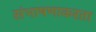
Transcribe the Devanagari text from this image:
संभाषणाकरता